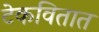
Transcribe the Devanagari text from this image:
टेकवितात